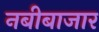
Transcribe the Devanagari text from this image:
नबीबाजार